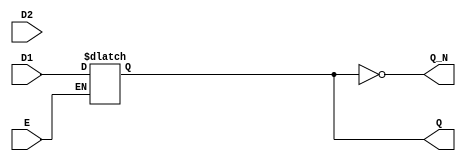
module dual_input_gated_latch (
    input wire D1,        // Data input 1
    input wire D2,        // Data input 2
    input wire E,         // Enable signal
    output reg Q,         // Output Q
    output wire Q_N       // Complement of Q
);

    // Complement output
    assign Q_N = ~Q;

    // Latch behavior
    always @(*) begin
        if (E) begin
            // When Enable is high, select one of the data inputs
            // Here, we can use a simple condition to select between D1 and D2
            // You can modify this logic based on further requirements.
            // For example, you may want to introduce a select signal or other logic.
            Q = D1;  // Assume we are selecting D1 when E is high
        end
        // If E is low, Q retains its previous value (latch behavior)
    end
endmodule